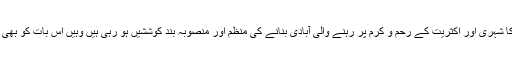
مسلمانوں کیلئے جہاں اس ملک میں عرصہ حیات تنگ کیا جا رہا ہے اور انہیں عملا دوسرے درجہ کا شہری اور اکثریت کے رحم و کرم پر رہنے والی آبادی بنانے کی منظم اور منصوبہ بند کوششیں ہو رہی ہیں وہیں اس بات کو بھی عوام کے ذہنوں میں بٹھایا جا رہا ہے کہ دلتوں کیلئے بھی اس ملک میں کوئی مساوی حقوق نہیں ہیں۔